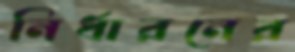
নির্ধারনের